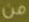
من